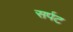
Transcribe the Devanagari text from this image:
सर्पट